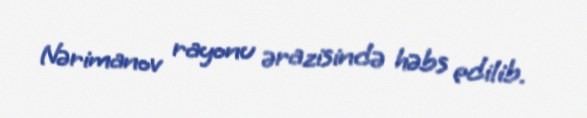
Nərimanov rayonu ərazisində həbs edilib.